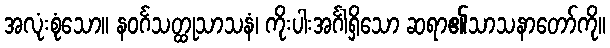
အလုံးစုံသော။ နဝင်္ဂသတ္ထုသာသနံ၊ ကိုးပါးအင်္ဂါရှိသော ဆရာ၏သာသနာတော်ကို။